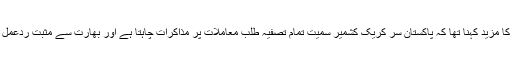
ترجمان دفتر خارجہ کا مزید کہنا تھا کہ پاکستان سر کریک کشمیر سمیت تمام تصفیہ طلب معاملات پر مذاکرات چاہتا ہے اور بھارت سے مثبت ردعمل کی امید رکھتے ہیں۔